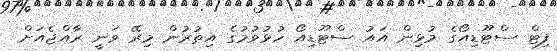
ފިޓް ސްޓޫޑިއޯގެ މުޅިން އައު ސްޓޫޑިއޯ ހުޅުވުމުގެ އިތުރުން މިރޭ ވަނީ ރާއްޖެއަށް